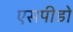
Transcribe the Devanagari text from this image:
एसपीडो